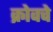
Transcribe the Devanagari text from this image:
क्रोवचे